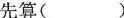
先算()